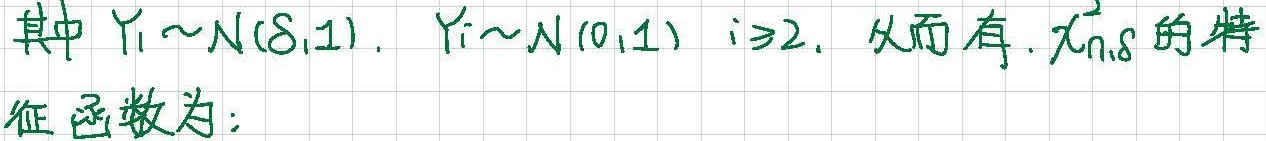
其中 $Y_1\sim N(\delta,1)$, $Y_i\sim N(0,1)$ $i\geq2$. 从而有 $\chi_{n,\delta}^2$ 的特征函数为：